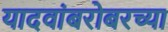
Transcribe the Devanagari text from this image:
यादवांबरोबरच्या